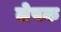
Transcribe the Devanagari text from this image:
लेपक